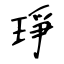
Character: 琤